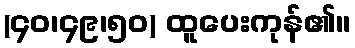
(၄၀၊၄၉၊၅၀) ထူပေးကုန်၏။